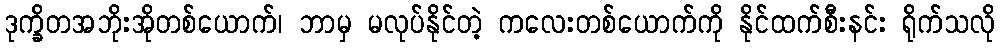
ဒုက္ခိတအဘိုးအိုတစ်ယောက်၊ ဘာမှ မလုပ်နိုင်တဲ့ ကလေးတစ်ယောက်ကို နိုင်ထက်စီးနင်း ရိုက်သလို